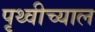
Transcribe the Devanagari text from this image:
पृथ्वीच्याल